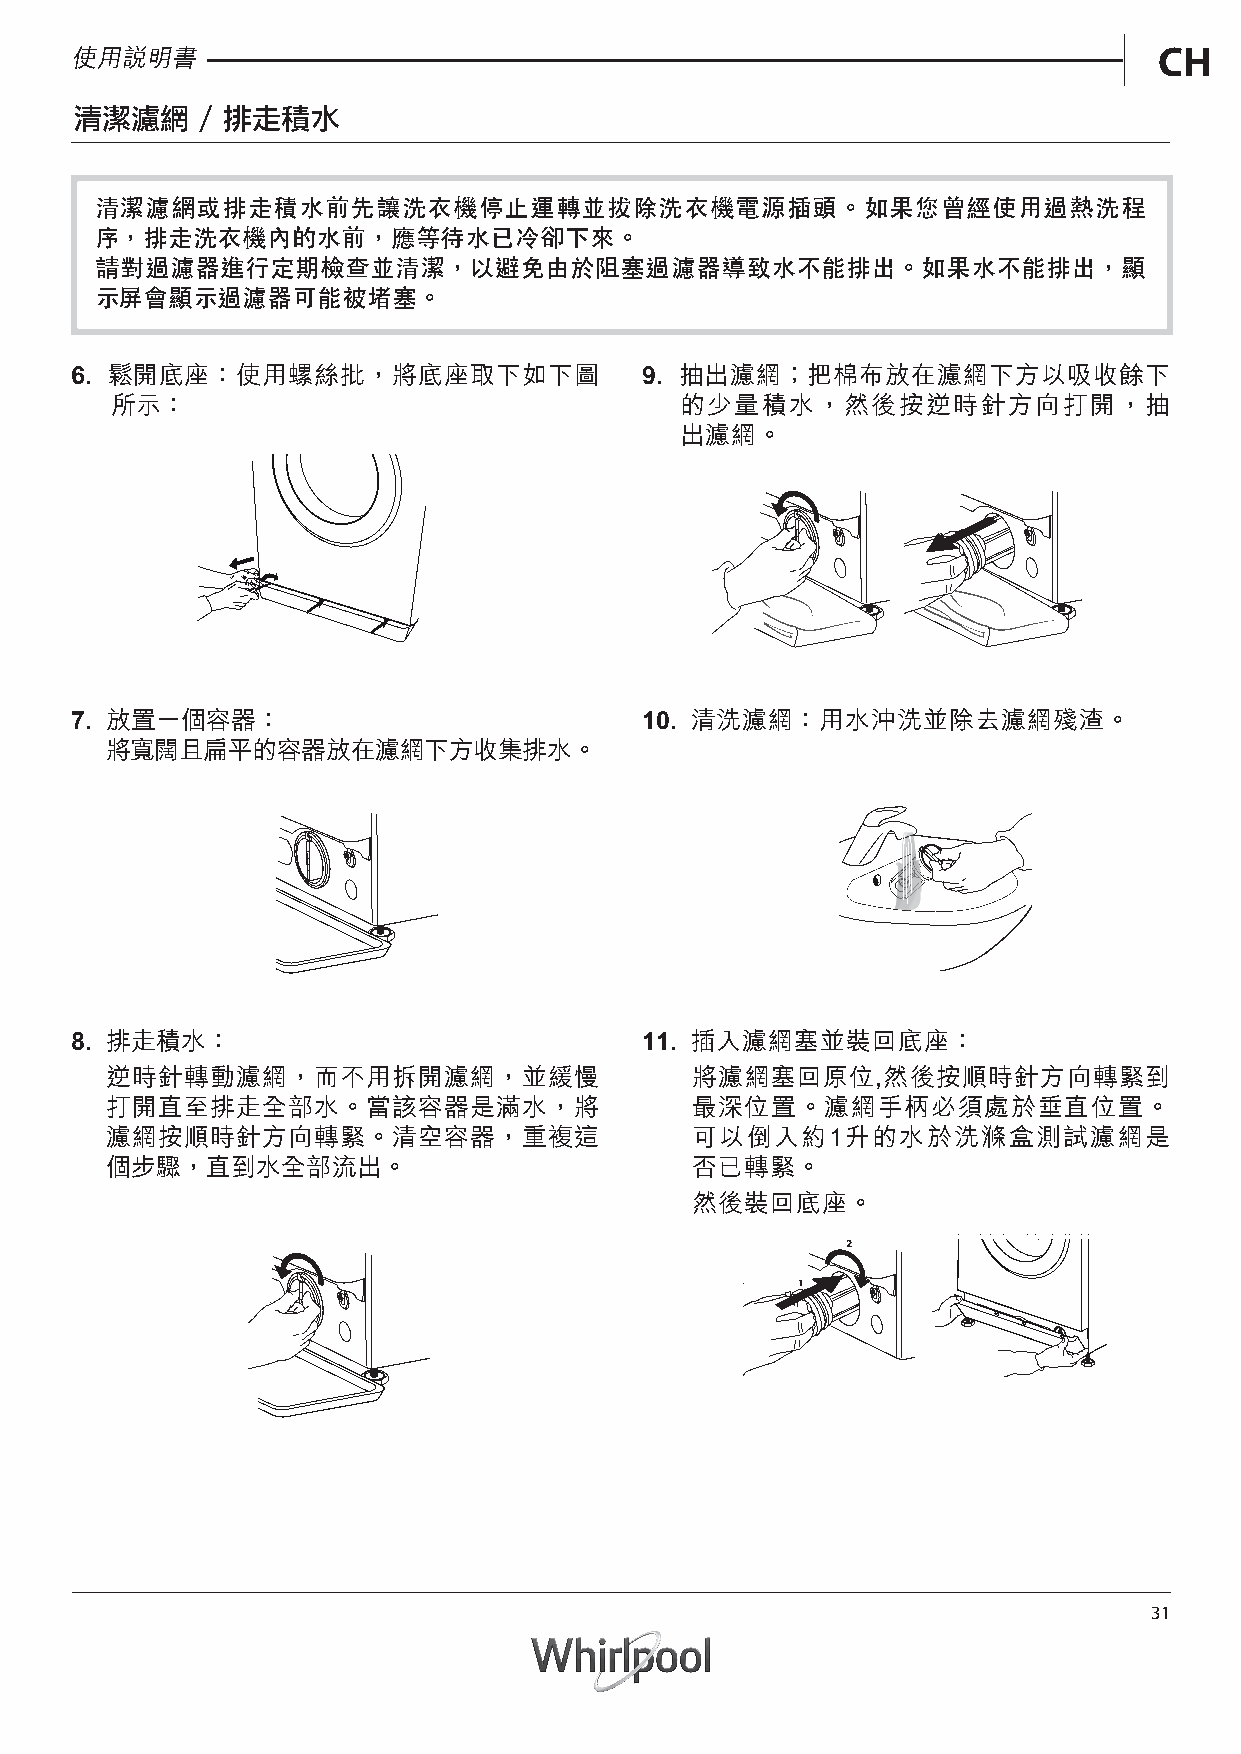
使用說明書                                                                   CH
 清潔濾網    / 排走積水
 清潔濾網或排走積水前先讓洗衣機停止運轉並拔除洗衣機電源插頭。如果您曾經使用過熱洗程
 序，排走洗衣機內的水前，應等待水已冷卻下來。
 請對過濾器進行定期檢查並清潔，以避免由於阻塞過濾器導致水不能排出。如果水不能排出，顯
 示屏會顯示過濾器可能被堵塞。
 6. 鬆開底座：使用螺絲批，將底座取下如下圖               9. 抽出濾網；把棉布放在濾網下方以吸收餘下
 所示：                                   的少量積水，然後按逆時針方向打開，抽
 出濾網。
 7. 放置一個容器：                           10. 清洗濾網：用水沖洗並除去濾網殘渣。
 將寬闊且扁平的容器放在濾網下方收集排水。
 8. 排走積水：                             11. 插入濾網塞並裝回底座：
 逆時針轉動濾網，而不用拆開濾網，並緩慢                    將濾網塞回原位,然後按順時針方向轉緊到
 打開直至排走全部水。當該容器是滿水，將                    最深位置。濾網手柄必須處於垂直位置。
 濾網按順時針方向轉緊。清空容器，重複這                    可以倒入約1升的水於洗滌盒測試濾網是
 個步驟，直到水全部流出。                           否已轉緊。
 然後裝回底座。
 31